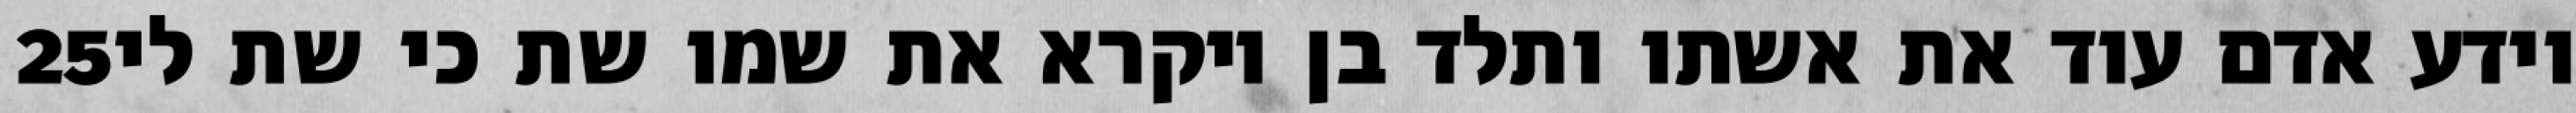
‎25‏ וידע אדם עוד את אשתו ותלד בן ויקרא את שמו שת כי שת לי